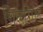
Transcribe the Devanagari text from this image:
गिलगिल